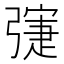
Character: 𢐛